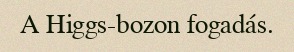
A Higgs-bozon fogadás.